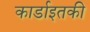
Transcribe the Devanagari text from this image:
कार्डाइतकी